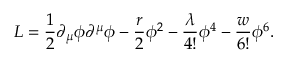
{ \cal L } = \frac { 1 } { 2 } \partial _ { \mu } \phi \partial ^ { \mu } \phi - \frac { r } { 2 } \phi ^ { 2 } - \frac { \lambda } { 4 ! } \phi ^ { 4 } - \frac { w } { 6 ! } \phi ^ { 6 } .